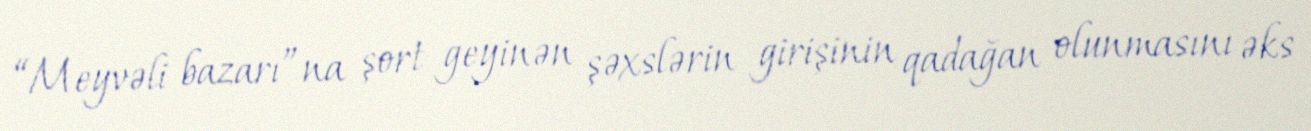
“Meyvəli bazarı”na şort geyinən şəxslərin girişinin qadağan olunmasını əks